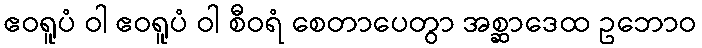
ဧဝရူပံ ဝါ ဧဝရူပံ ဝါ စီဝရံ စေတာပေတွာ အစ္ဆာဒေထ ဥဘောဝ